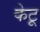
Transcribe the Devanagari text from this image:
केटू